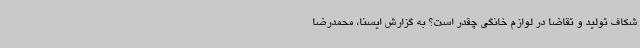
شکاف تولید و تقاضا در لوازم خانگی چقدر است؟ به گزارش ایسنا، محمدرضا